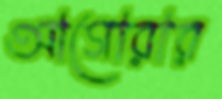
আগোরার